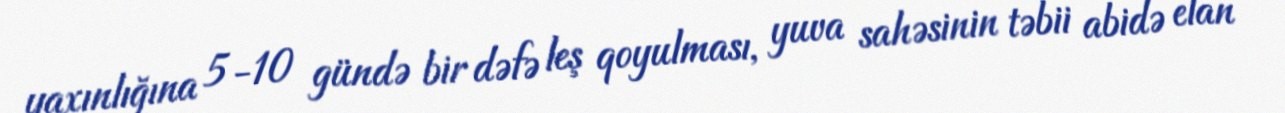
yaxınlığına 5-10 gündə bir dəfə leş qoyulması, yuva sahəsinin təbii abidə elan